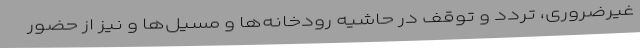
غیرضروری، تردد و توقف در حاشیه رودخانه‌ها و مسیل‌ها و نیز از حضور